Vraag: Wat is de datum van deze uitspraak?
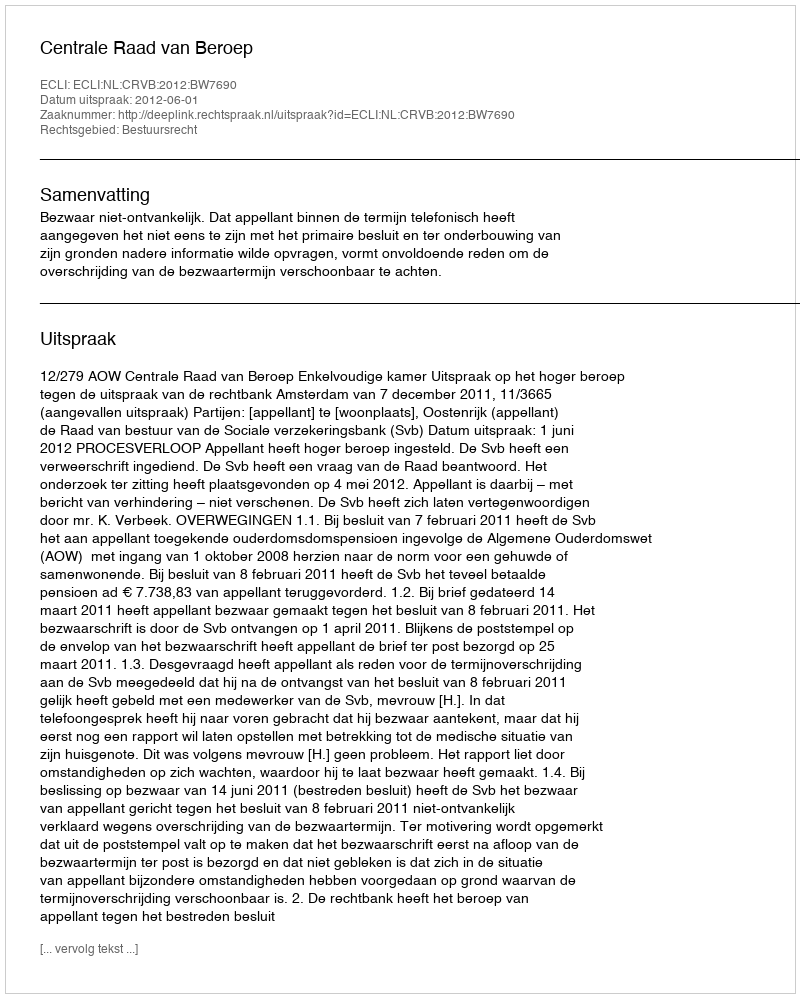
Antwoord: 2012-06-01